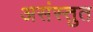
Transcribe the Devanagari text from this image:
असंस्तुत